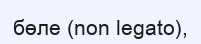
бөле (nоn legato),